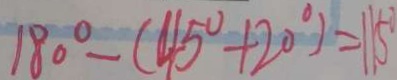
1 8 0 ^ { \circ } - ( 4 5 ^ { \circ } + 2 0 ^ { \circ } ) = 1 1 5 ^ { \circ }